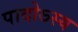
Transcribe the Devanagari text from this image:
पादोऽस्य